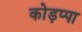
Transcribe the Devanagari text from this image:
कोड़प्पा